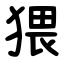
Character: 猥